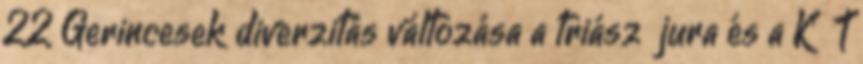
22 Gerincesek diverzitás változása a triász jura és a K T